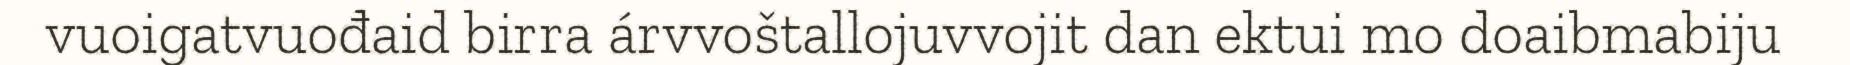
vuoigatvuođaid birra árvvoštallojuvvojit dan ektui mo doaibmabiju